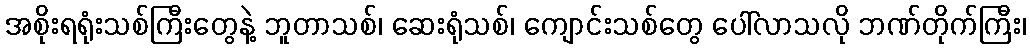
အစိုးရရုံးသစ်ကြီးတွေနဲ့ ဘူတာသစ်၊ ဆေးရုံသစ်၊ ကျောင်းသစ်တွေ ပေါ်လာသလို ဘဏ်တိုက်ကြီး၊